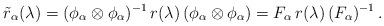
LaTeX: \begin{align*} \tilde{r}_\alpha(\lambda) = (\phi_\alpha \otimes \phi_\alpha)^{-1} \, r(\lambda) \, (\phi_\alpha \otimes \phi_\alpha) = F_\alpha \, r(\lambda) \, (F_\alpha)^{-1} \,.\end{align*}